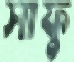
সাফু